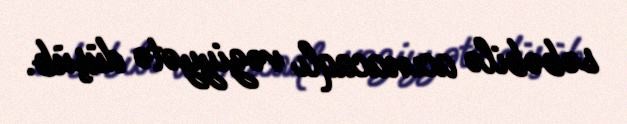
səbəbilə acınacaqlı vəziyyətə düşüb.